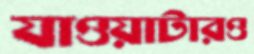
যাওয়াটারও